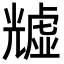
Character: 𧇺